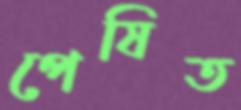
পেষিত